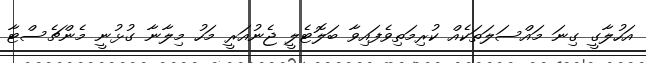
އަހުލާގީ ގިނަ މައްސަލަތަކެއް ކުރިމަތިވެފައިވާ ބަލޮޓެލީ ޖެނުއަރީ މަހު މިލާނާ ގުޅުނީ މެންޗެސްޓާ